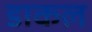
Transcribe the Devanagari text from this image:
डाकल